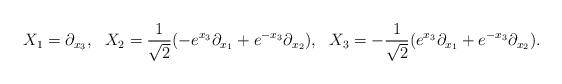
LaTeX: \begin{align*}X_1=\partial_{x_3}, ~~X_2=\frac{1}{\sqrt{2}}(-e^{x_3}\partial_{x_1}+e^{-x_3}\partial_{x_2}),~~X_3=-\frac{1}{\sqrt{2}}(e^{x_3}\partial_{x_1}+e^{-x_3}\partial_{x_2}).\end{align*}